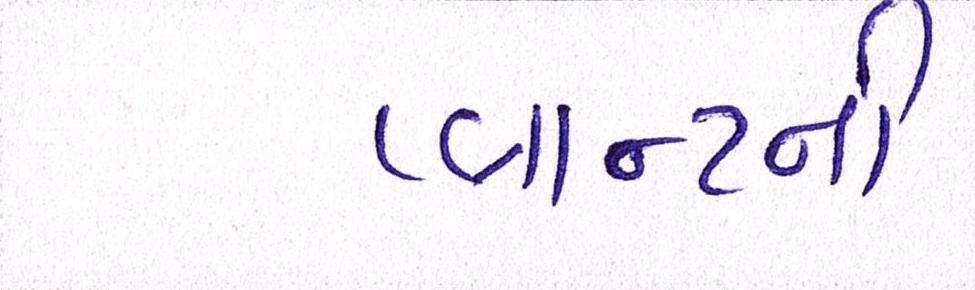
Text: પ્લાન્ટની